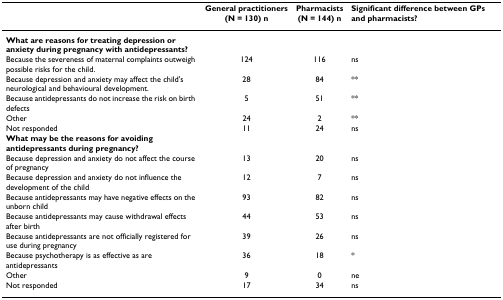
<table><thead><tr><td></td><td><b>General practitioners(N = 130) n</b></td><td><b>Pharmacists(N = 144) n</b></td><td><b>Significant difference between GPs and pharmacists?</b></td></tr></thead><tbody><tr><td><b>What are reasons for treating depression or anxiety during pregnancy with antidepressants?</b></td><td></td><td></td><td></td></tr><tr><td>Because the severeness of maternal complaints outweigh possible risks for the child.</td><td>124</td><td>116</td><td>ns</td></tr><tr><td>Because depression and anxiety may affect the child&#x27;s neurological and behavioural development.</td><td>28</td><td>84</td><td>**</td></tr><tr><td>Because antidepressants do not increase the risk on birth defects</td><td>5</td><td>51</td><td>**</td></tr><tr><td>Other</td><td>24</td><td>2</td><td>**</td></tr><tr><td>Not responded</td><td>11</td><td>24</td><td>ns</td></tr><tr><td><b>What may be the reasons for avoiding antidepressants during pregnancy?</b></td><td></td><td></td><td></td></tr><tr><td>Because depression and anxiety do not affect the course of pregnancy</td><td>13</td><td>20</td><td>ns</td></tr><tr><td>Because depression and anxiety do not influence the development of the child</td><td>12</td><td>7</td><td>ns</td></tr><tr><td>Because antidepressants may have negative effects on the unborn child</td><td>93</td><td>82</td><td>ns</td></tr><tr><td>Because antidepressants may cause withdrawal effects after birth</td><td>44</td><td>53</td><td>ns</td></tr><tr><td>Because antidepressants are not officially registered for use during pregnancy</td><td>39</td><td>26</td><td>ns</td></tr><tr><td>Because psychotherapy is as effective as are antidepressants</td><td>36</td><td>18</td><td>*</td></tr><tr><td>Other</td><td>9</td><td>0</td><td>ne</td></tr><tr><td>Not responded</td><td>17</td><td>34</td><td>ns</td></tr></tbody></table>